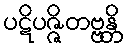
ပဋိပဇ္ဇိတဗ္ဗန္တိ